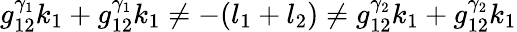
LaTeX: g_{12}^{\gamma_{1}}k_{1}+g_{12}^{\gamma_{1}}k_{1}\neq-(l_{1}+l_{2})\neq g_{12}^{\gamma_{2}}k_{1}+g_{12}^{\gamma_{2}}k_{1}